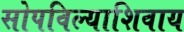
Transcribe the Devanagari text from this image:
सोपविल्याशिवाय